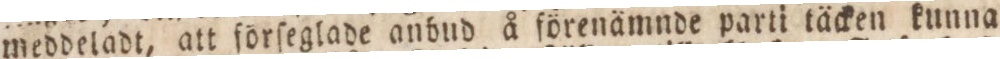
meddeladt, att förſeglade anbud å förenämnde parti täcken kunna